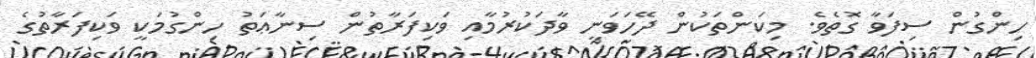
ހިންގުން ސިފަވާ ގޮތެވެ. މިކަންތަކުން ދޭހަވަނީ ވާދަކުރުމާއި ވަކިފަރާތުން ސިނާޢަތު ހިންގުމަކީ ވަކިފަރާތުގެ